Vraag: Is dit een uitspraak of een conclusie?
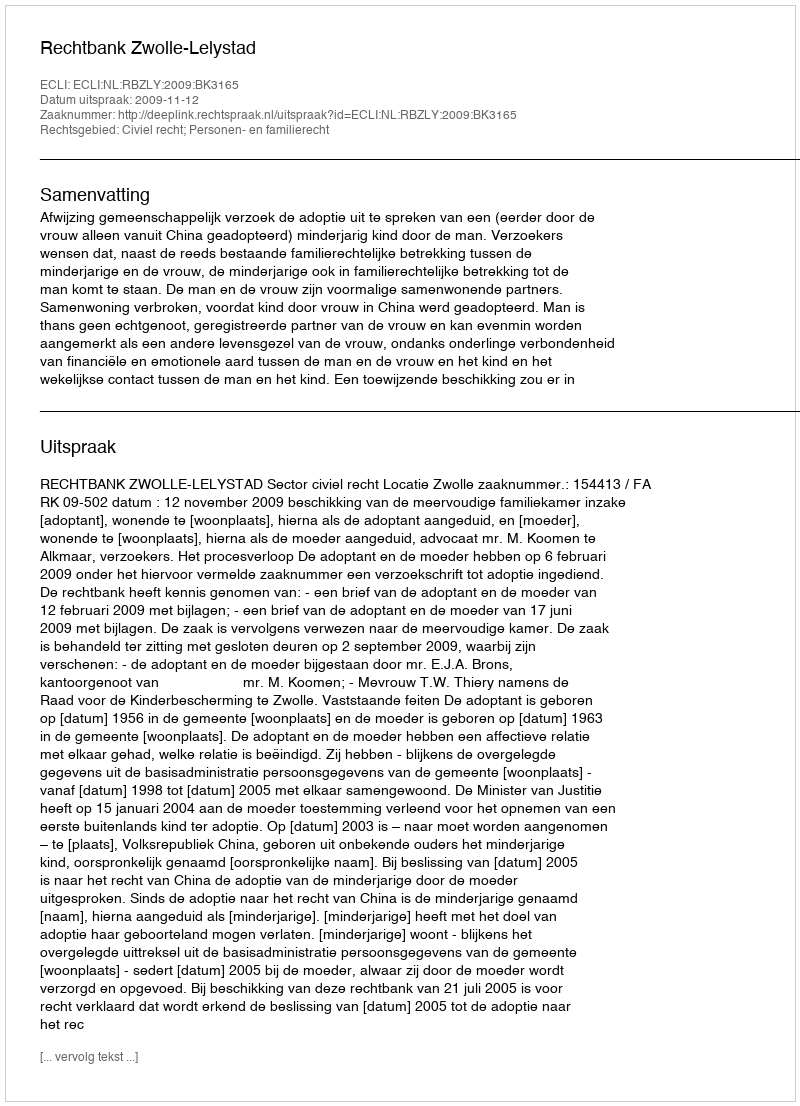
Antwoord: Uitspraak